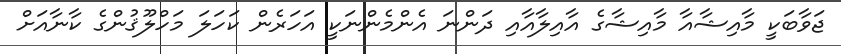
ޖަވާބަކީ މާއިޝާއާ މާއިޝާގެ އާއިލާއާއި ދަންނަ އެންމެންނަކީ އަހަރެން ކަހަލަ މަހްލޫޤުންގެ ކާނާއަށް